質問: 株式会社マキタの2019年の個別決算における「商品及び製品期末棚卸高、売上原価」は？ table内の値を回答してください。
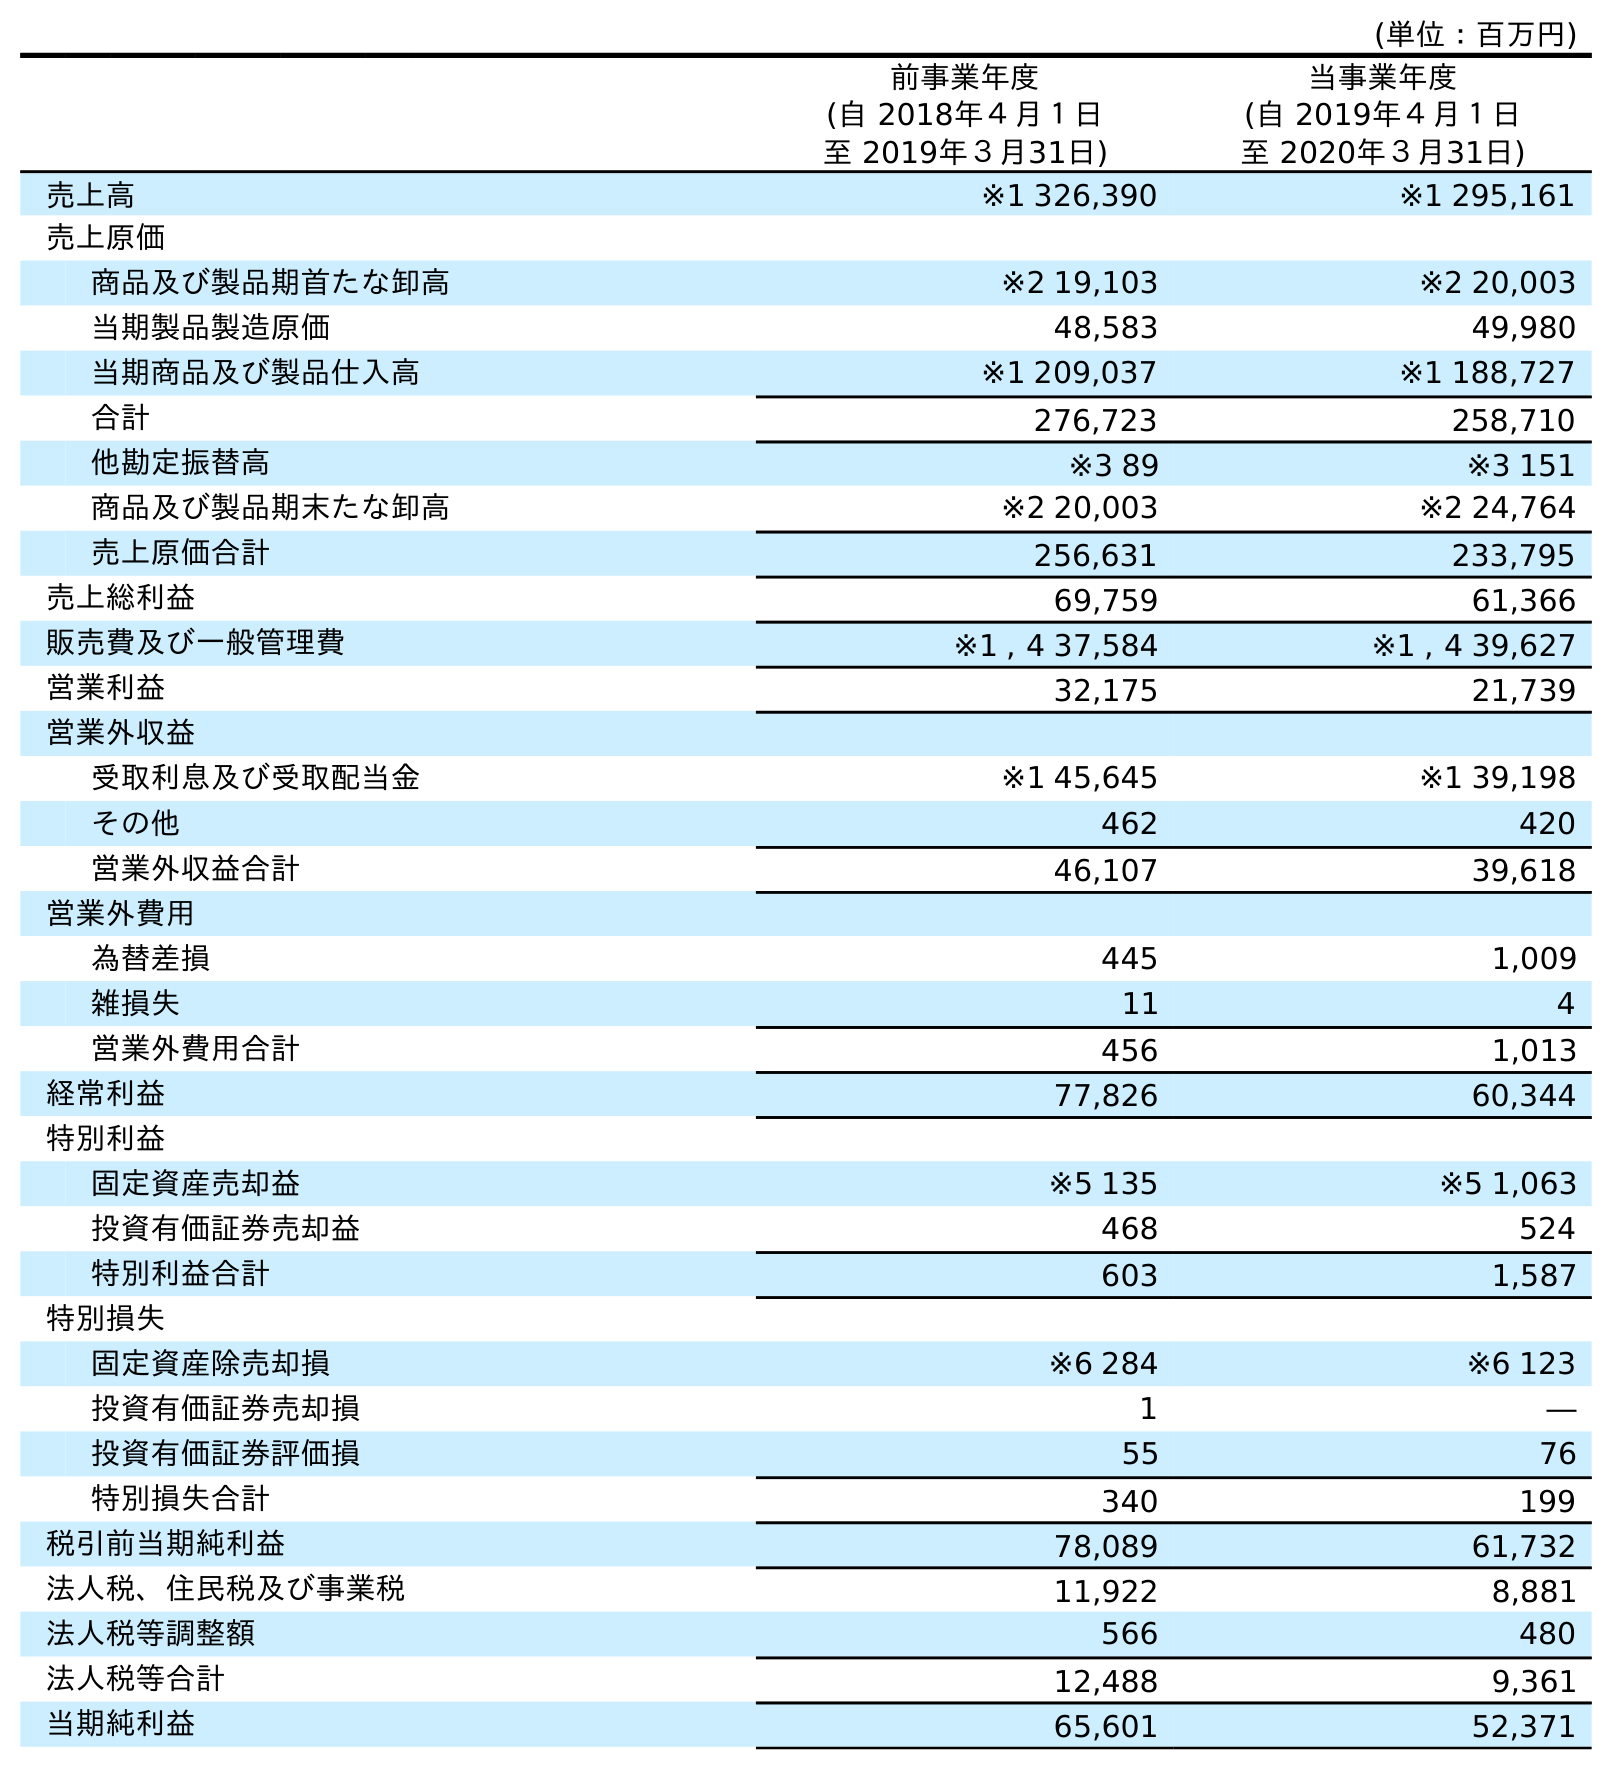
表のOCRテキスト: (単位：百万円) 前事業年度 (自 2018年４月１日 至 2019年３月31日) 当事業年度 (自 2019年４月１日 至 2020年３月31日) 売上高 ※1 326,390 ※1 295,161 売上原価 商品及び製品期首たな卸高 ※2 19,103 ※2 20,003 当期製品製造原価 48,583 49,980 当期商品及び製品仕入高 ※1 209,037 ※1 188,727 合計 276,723 258,710 他勘定振替高 ※3 89 ※3 151 商品及び製品期末たな卸高 ※2 20,003 ※2 24,764 売上原価合計 256,631 233,795 売上総利益 69,759 61,366 販売費及び一般管理費 ※1 , 4 37,584 ※1 , 4 39,627 営業利益 32,175 21,739 営業外収益 受取利息及び受取配当金 ※1 45,645 ※1 39,198 その他 462 420 営業外収益合計 46,107 39,618 営業外費用 為替差損 445 1,009 雑損失 11 4 営業外費用合計 456 1,013 経常利益 77,826 60,344 特別利益 固定資産売却益 ※5 135 ※5 1,063 投資有価証券売却益 468 524 特別利益合計 603 1,587 特別損失 固定資産除売却損 ※6 284 ※6 123 投資有価証券売却損 1 ― 投資有価証券評価損 55 76 特別損失合計 340 199 税引前当期純利益 78,089 61,732 法人税、住民税及び事業税 11,922 8,881 法人税等調整額 566 480 法人税等合計 12,488 9,361 当期純利益 65,601 52,371
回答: ※220,003